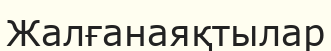
Жалғанаяқтылар